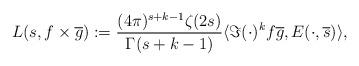
LaTeX: \begin{align*} L(s, f\times \overline{g}) := \frac{(4\pi)^{s + k - 1} \zeta(2s)}{\Gamma(s + k - 1)} \langle \Im(\cdot)^k f \overline{g}, E(\cdot, \overline{s})\rangle,\end{align*}